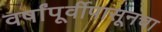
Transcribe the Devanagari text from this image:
वर्षांपूर्वीपासूनचा